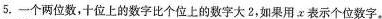
5.一个两位数，十位上的数字比个位上的数字大2，如果用χ表示个位数字。